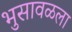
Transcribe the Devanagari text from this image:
भुसावळला